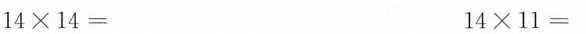
$$1 4 \times 1 4 =$$ $$1 4 \times 1 1 =$$